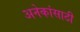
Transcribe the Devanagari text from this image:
अनेकांसाठी